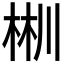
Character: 𣒜